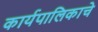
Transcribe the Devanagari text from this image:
कार्यपालिकाचे